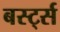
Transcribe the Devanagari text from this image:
बर्स्ट्स